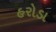
હરોડા